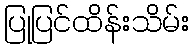
ပြုပြင်ထိန်းသိမ်း